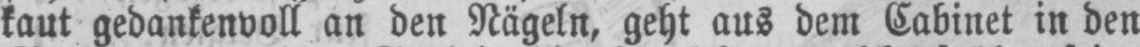
kaut gedankenvoll an den Nägeln, geht aus dem Cabinet in den